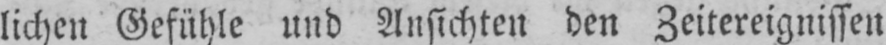
lichen Gefühle und Ansichten den Zeitereignissen